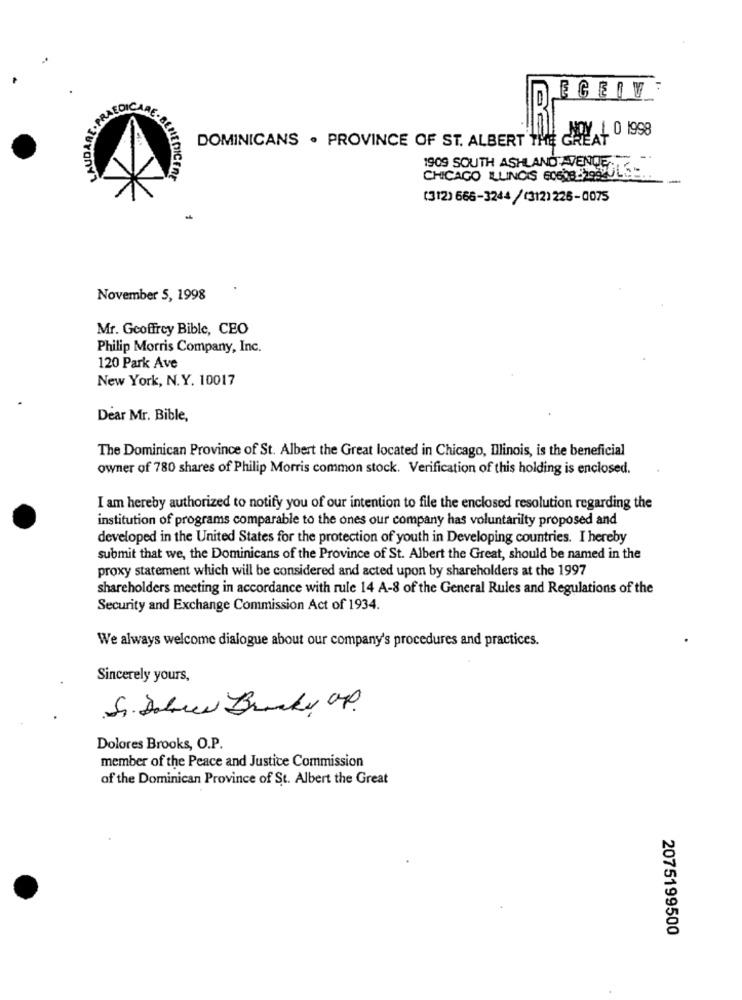
ECEIV
DOMINICANS . PROVINCE OF ST. ALBERT THE HAL 0 1998
1909 SOUTH ASHLAND AVENUE:
CHICAGO ILLINOIS 60508-2992015-
(312) 666-3244 / (312)226-0075
November 5, 1998
Mr. Geoffrey Bible, CEO
Philip Morris Company, Inc.
120 Park Ave
New York, N.Y. 10017
Dear Mr. Bible,
The Dominican Province of St. Albert the Great located in Chicago, Illinois, is the beneficial
owner of 780 shares of Philip Morris common stock. Verification of this holding is enclosed.
I am hereby authorized to notify you of our intention to file the enclosed resolution regarding the
institution of programs comparable to the ones our company has voluntarilty proposed and
developed in the United States for the protection of youth in Developing countries. I hereby
submit that we, the Dominicans of the Province of St. Albert the Great, should be named in the
proxy statement which will be considered and acted upon by shareholders at the 1997
shareholders meeting in accordance with rule 14 A-8 of the General Rules and Regulations of the
Security and Exchange Commission Act of 1934.
We always welcome dialogue about our company's procedures and practices.
Sincerely yours,
S. Dele Branky op.
Dolores Brooks, O.P.
member of the Peace and Justice Commission
of the Dominican Province of St. Albert the Great
2075199500